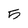
Character: 5